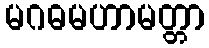
မဂဓမဟာမတ္တာ